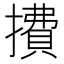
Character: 㩌